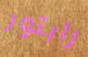
رابتور